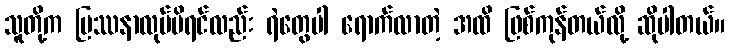
သူတို့က ပြဿနာလုပ်မိရင်လည်း ရဲတွေပါ ရောက်လာတဲ့ အထိ ဖြစ်ကုန်တယ်လို့ ဆိုပါတယ်။